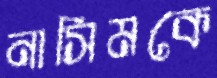
নাসিমকে